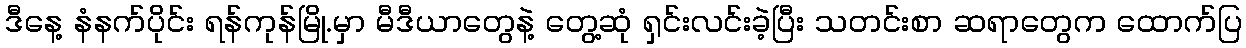
ဒီနေ့ နံနက်ပိုင်း ရန်ကုန်မြို.မှာ မီဒီယာတွေနဲ့ တွေ့ဆုံ ရှင်းလင်းခဲ့ပြီး သတင်းစာ ဆရာတွေက ထောက်ပြ